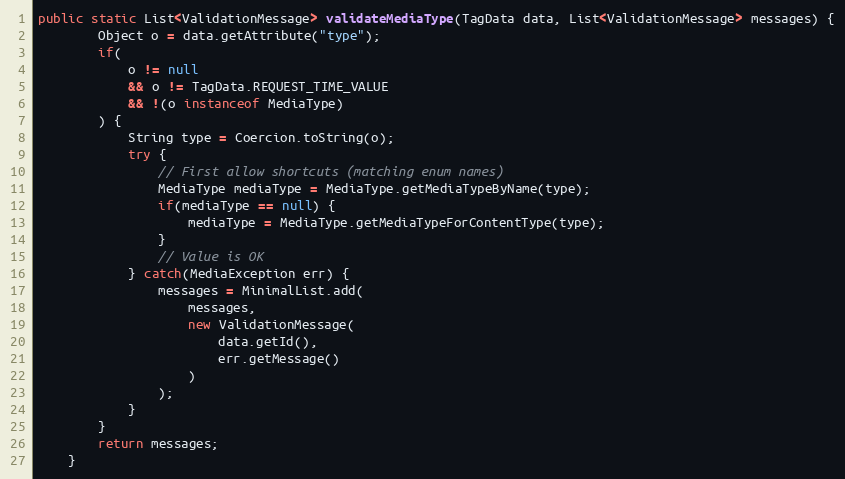
Language: Java
public static List<ValidationMessage> validateMediaType(TagData data, List<ValidationMessage> messages) {
		Object o = data.getAttribute("type");
		if(
			o != null
			&& o != TagData.REQUEST_TIME_VALUE
			&& !(o instanceof MediaType)
		) {
			String type = Coercion.toString(o);
			try {
				// First allow shortcuts (matching enum names)
				MediaType mediaType = MediaType.getMediaTypeByName(type);
				if(mediaType == null) {
					mediaType = MediaType.getMediaTypeForContentType(type);
				}
				// Value is OK
			} catch(MediaException err) {
				messages = MinimalList.add(
					messages,
					new ValidationMessage(
						data.getId(),
						err.getMessage()
					)
				);
			}
		}
		return messages;
	}